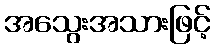
အသွေးအသားဖြင့်